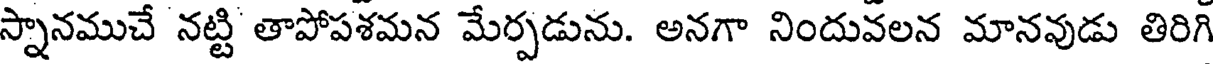
స్నానముచే నట్టి తాపోపశమన మేర్పడును. అనగా నిందువలన మానవుడు తిరిగి